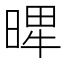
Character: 𣈾